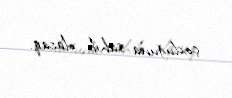
çoxluğuna sahib olacaq.